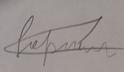
Signature authenticity: forged